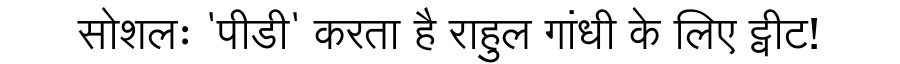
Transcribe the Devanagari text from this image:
सोशलः 'पीडी' करता है राहुल गांधी के लिए ट्वीट!